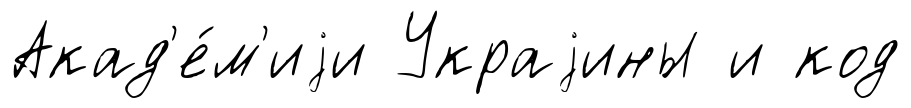
Акад'е́м'иjи Украjины и код